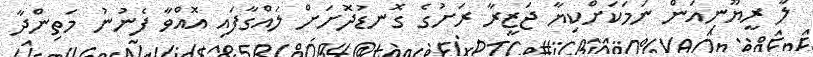
ލާ ރީޔޫނިއަން ނަމަކަށްކިޔާ ޖަޒީރާ ރަށުގެ ގޮނޑުދޮށަށް ލައްގާފައި އޮއްވާ ފެނުނު މަތިންދާ